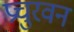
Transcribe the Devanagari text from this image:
प्रचुरवन